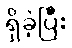
ရှိခဲ့ပြီး